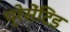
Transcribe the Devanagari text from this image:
प्रेसेंटिड